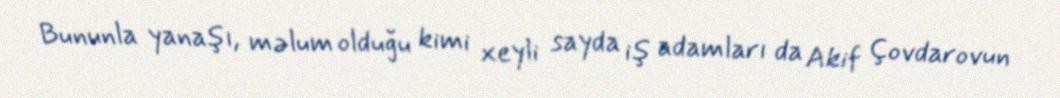
Bununla yanaşı, məlum olduğu kimi xeyli sayda iş adamları da Akif Çovdarovun